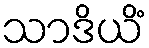
သာဒိယိံ